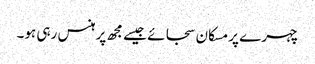
چہرے پر مسکان سجائے جیسے مجھ پر ہنس رہی ہو۔